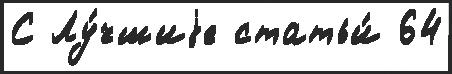
С Лу́чшиjе статьи́ 64